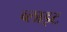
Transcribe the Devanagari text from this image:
व्‍लाइट